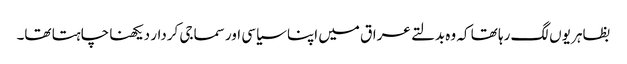
بظاہر یوں لگ رہا تھا کہ وہ بدلتے عراق میں اپنا سیاسی اور سماجی کردار دیکھنا چاہتا تھا۔